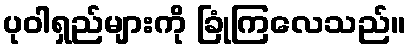
ပုဝါရှည်များကို ခြုံကြလေသည်။